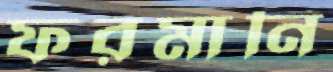
ফরমানি